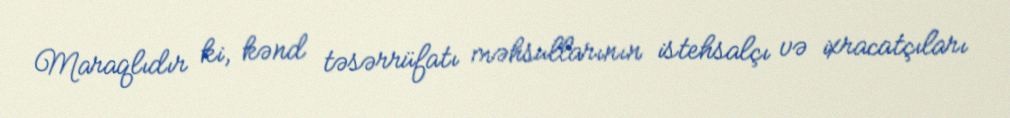
Maraqlıdır ki, kənd təsərrüfatı məhsullarının istehsalçı və ixracatçıları